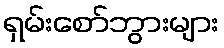
ရှမ်းစော်ဘွားများ